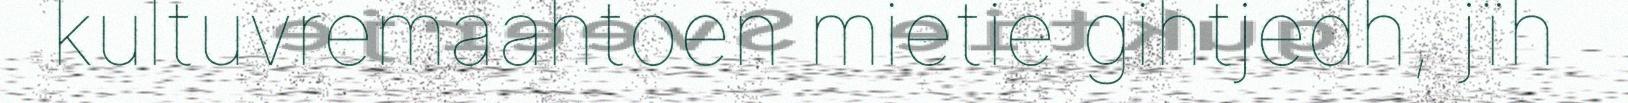
kultuvremaahtoen mietie gihtjedh, jïh